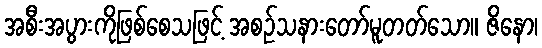
အစီးအပွားကိုဖြစ်စေသဖြင့် အစဉ်သနားတော်မူတတ်သော။ ဇိနော၊